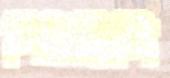
পিটছিলি